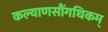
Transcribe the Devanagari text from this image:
कल्याणसौंगधिकम्